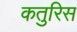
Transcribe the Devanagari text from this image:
कतुरिस